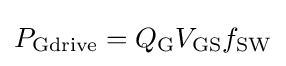
P_{\text{Gdrive}}=Q_{\text{G}}V_{\text{GS}}f_{\text{SW}}